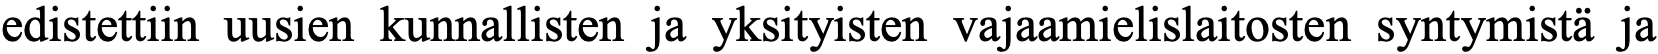
edistettiin uusien kunnallisten ja yksityisten vajaamielislaitosten syntymistä ja